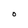
Character: O